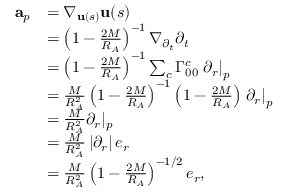
\begin{array} { r l } { \mathbf { a } _ { p } } & { = \nabla _ { \mathbf { u } ( s ) } \mathbf { u } ( s ) } \\ & { = \left( 1 - \frac { 2 M } { R _ { A } } \right) ^ { - 1 } \nabla _ { \partial _ { t } } \partial _ { t } } \\ & { = \left( 1 - \frac { 2 M } { R _ { A } } \right) ^ { - 1 } \sum _ { c } \Gamma _ { 0 0 } ^ { c } \left. \partial _ { r } \right\vert _ { p } } \\ & { = \frac { M } { R _ { A } ^ { 2 } } \left( 1 - \frac { 2 M } { R _ { A } } \right) ^ { - 1 } \left( 1 - \frac { 2 M } { R _ { A } } \right) \left. \partial _ { r } \right\vert _ { p } } \\ & { = \frac { M } { R _ { A } ^ { 2 } } \partial _ { r } \vert _ { p } } \\ & { = \frac { M } { R _ { A } ^ { 2 } } \left\vert \partial _ { r } \right\vert e _ { r } } \\ & { = \frac { M } { R _ { A } ^ { 2 } } \left( 1 - \frac { 2 M } { R _ { A } } \right) ^ { - 1 / 2 } e _ { r } , } \end{array}